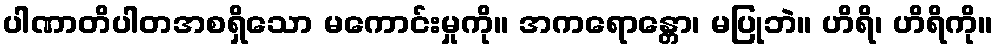
ပါဏာတိပါတအစရှိသော မကောင်းမှုကို။ အကရောန္တော၊ မပြုဘဲ။ ဟိရိ၊ ဟိရိကို။